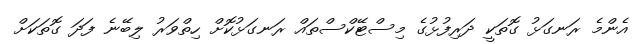
އެންމެ ރަނގަޅު ގޮތަކީ ދަރިފުޅުގެ މިސްޓޭކްސްތައް ރަނގަޅުކޮށް ހިތްވަރު ލިބޭނެ ފަދަ ގޮތަކަށް